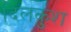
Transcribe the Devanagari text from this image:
दिलकुश